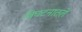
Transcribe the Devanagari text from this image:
विघटनातले